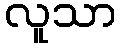
လူသာ